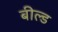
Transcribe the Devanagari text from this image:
बील्ड